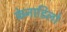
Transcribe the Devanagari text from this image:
फ्रेनाडिलो